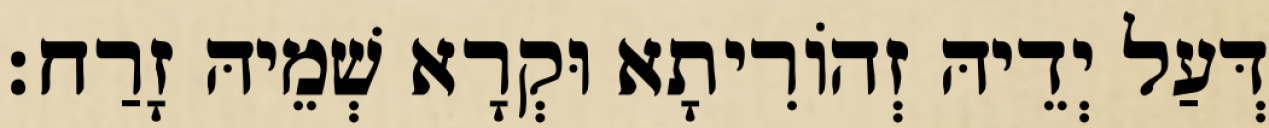
דְּעַל יְדֵיהּ זְהוֹרִיתָא וּקְרָא שְׁמֵיהּ זָרַח׃